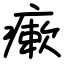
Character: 瘶